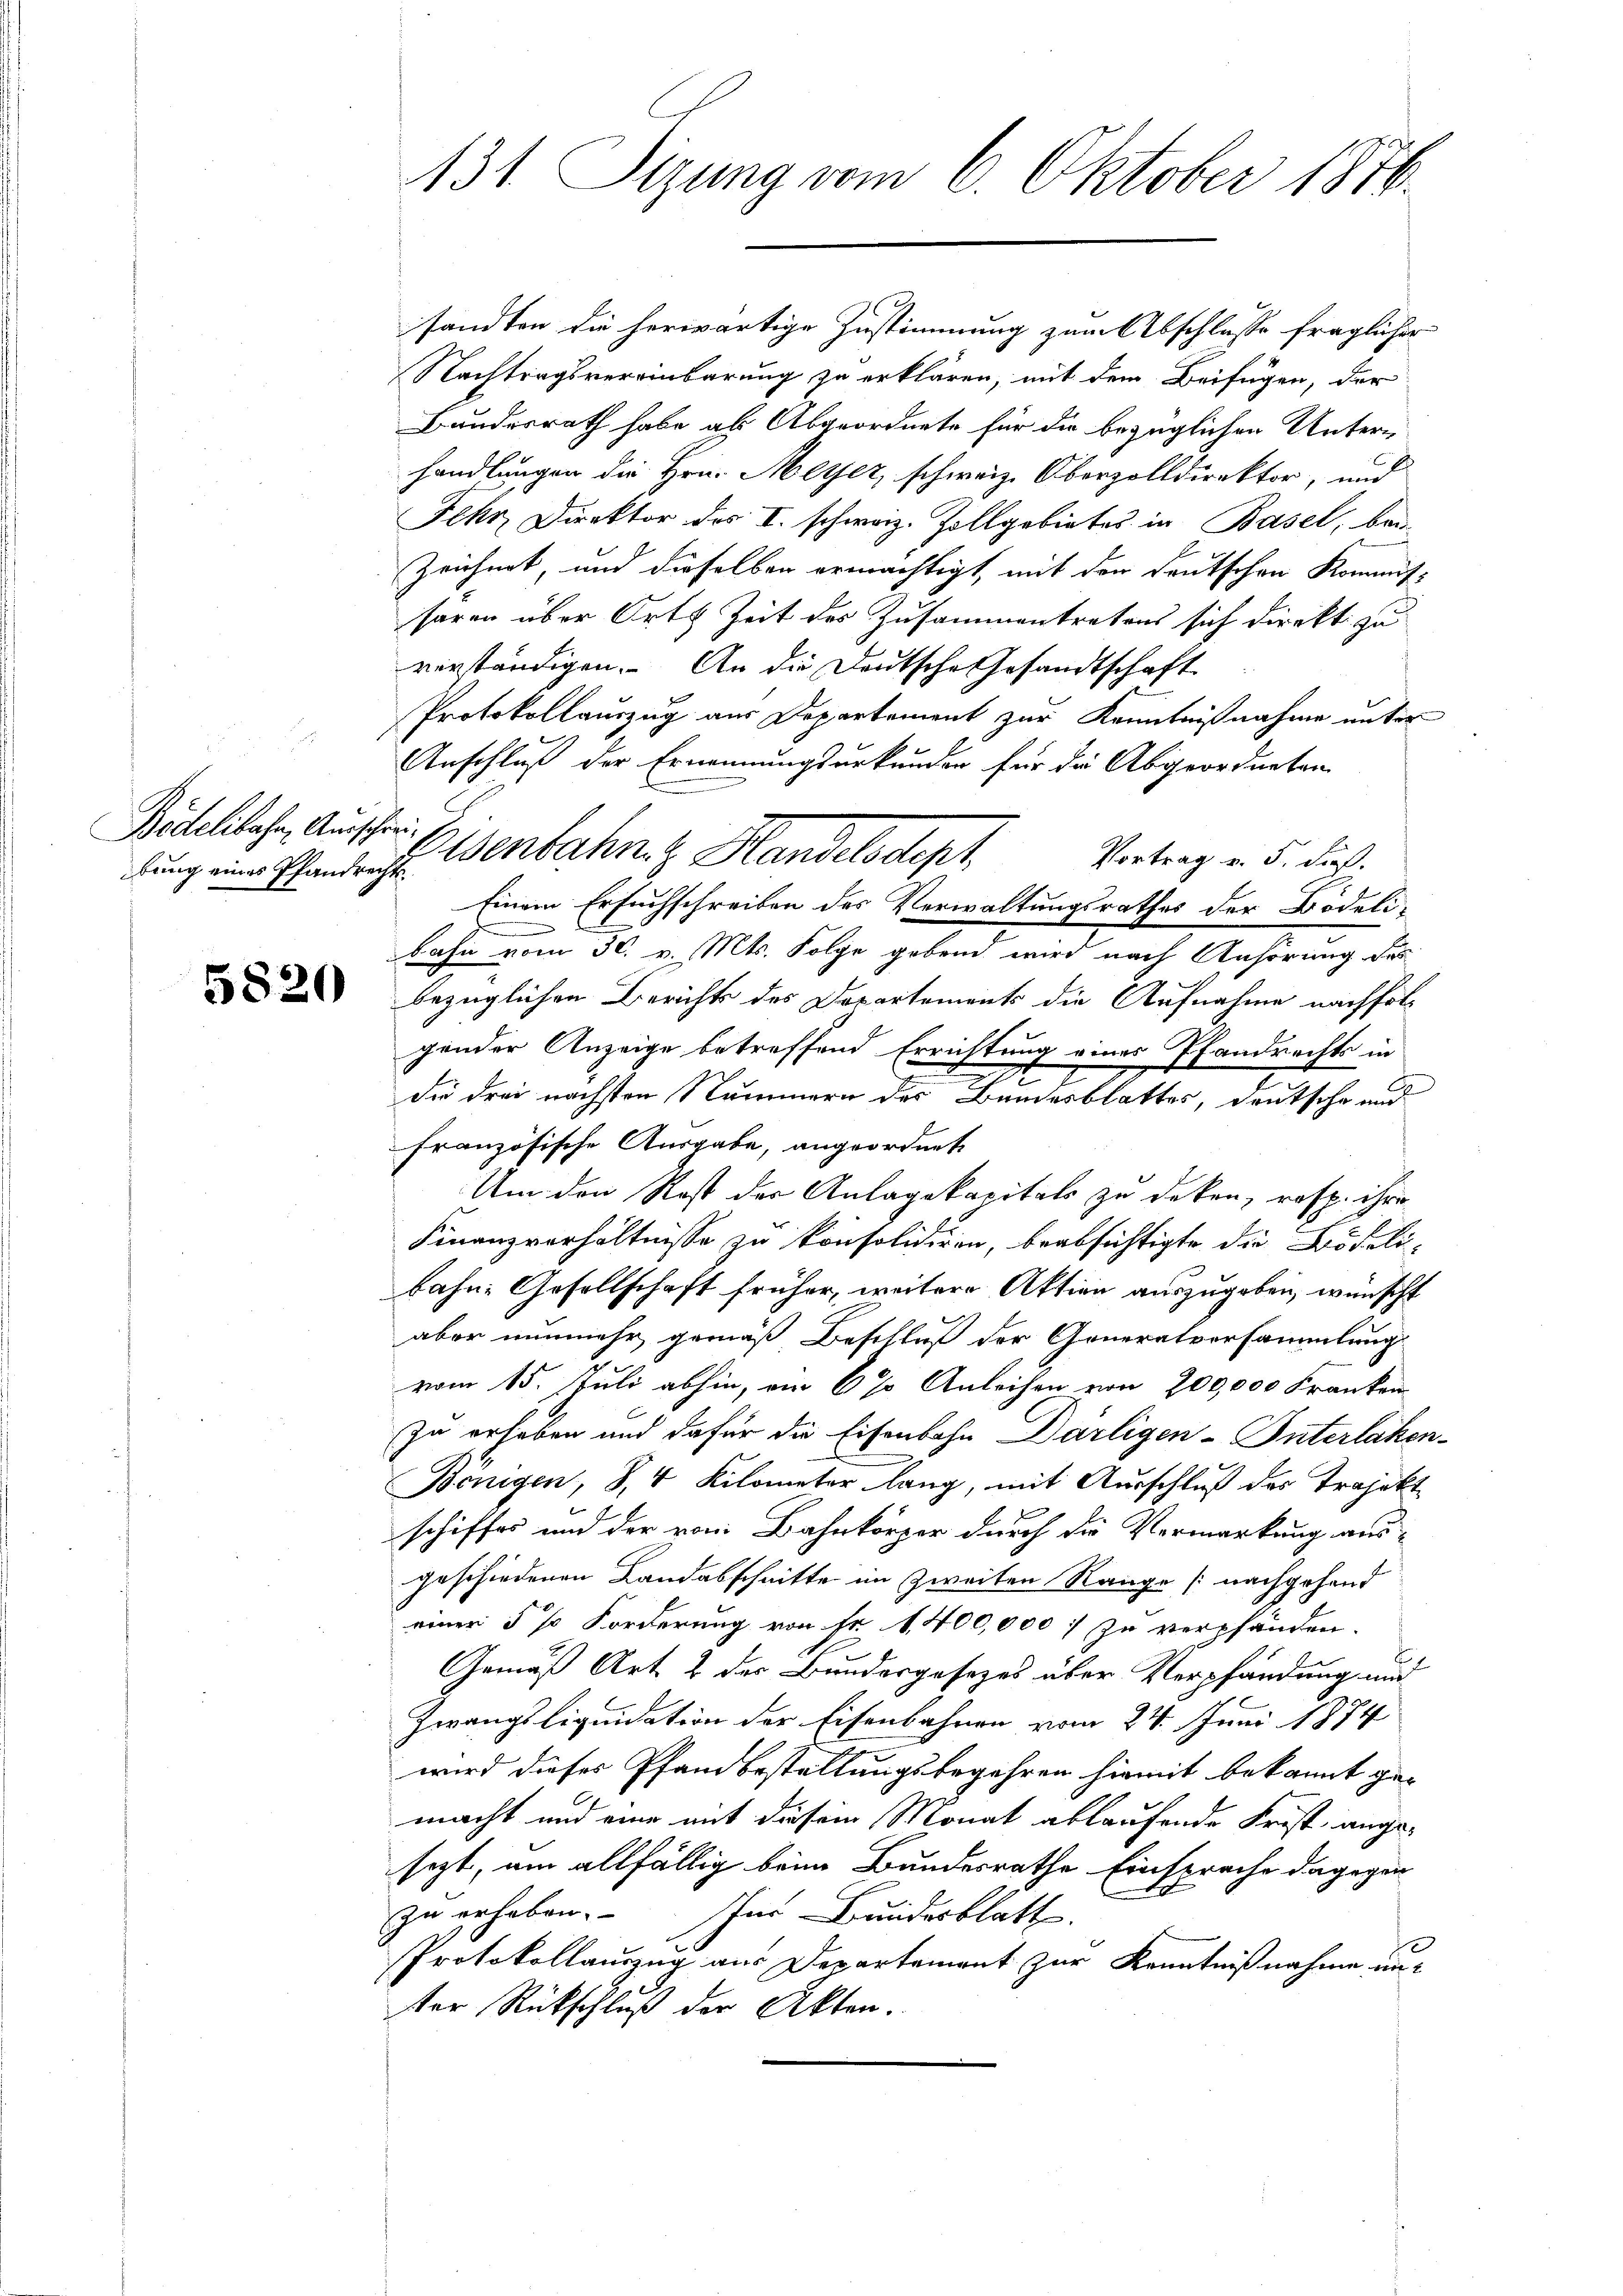
Bidelibahn, Ausschriebung eines Pfandrecht

sandten die herwärtige Zustimmung zum Abschlusse fraglicher
Nachtragsvereinbarung zu erklären, mit dem Beifügen, der
Bundesrath habe ab Abgeordnete für die bezüglichen Unterhandlungen die Hrn. Meyer, schweiz. Oberzolldirektor, und
Fehr, Direktor des I. schweiz. Zollgebietes in Basel, bei-
Zeichnet, und dieselben ermächtigt, mit der deutschen Kommis-
saren über Orts Zeit des Zusammentretens sich direkt zu
verständigen. An die Deutsche Gesandtschaft
Protokollauszug aus Departement zur Kenntnißnahme unter
Anschluß der Ernennungsurkunden für die Abgeordneten
Vortrag v. 5. dieß.
Einem Ersuchschreiben des Verwaltungsrathes der Bödeli-
bahn vom 30. v. Mts. Folge gebend wird nach Anhörung des
2 bezüglichen Berichts des Departements die Aufnahme nachfolgender Anzeige betreffend Errichtung eines Pfandrechts in
Die drei nächsten Nummern der Bundesblatter, deutsche und
französische Ausgabe, angeordnete
Um den Rost der Anlagekapitals zu deken, resp. ihre
Finanzverhältnisse zu konsolidiren, beabsichtigte die Brodelibahn. Gesellschaft früher, weitere Aktien auszugeben, wünscht
aber nunmehr gemäß Beschluß der Generalversammlung
.
vom 15. Juli abhin, von 6 % Anleihen von 200,000 Franken
zu erhoben und dafür die Eisenbahn Därligen-Interlaken-
Bönigen, S. 4 Kilometer lang, mit Ausschluß des Projekt
schiffes und der vom Bahnkörper durch die Vermarkung aus-
geschiedenen Landabschnitte im Zweiten Range (nachgehand
einer 5 % Forderung von Fr. 1400,000 zu verpfänden.
Gemäß Art. 2 des Bundergesezes über Verpfändung und
Zwangsliquidation der Eisenbahnen vom 24. Juni 1874
wird dieses Pfandbestellungsbegehren hiemit bekannt gemacht und eine mit diesem Monat ablaufende Frist angesezt, um allfällig beim Bundesrathe Einsprache dagegen
zu erhaben. Ihne Bundesblatt.
Protokollauszug aus Departement zur Kenntnißnahme un
ter Rückschluß der Akten.

131 Sizung vom 6. Oktober 1876.

Elsenbahn. Handelsdept